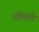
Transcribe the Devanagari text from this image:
गंगेवरी